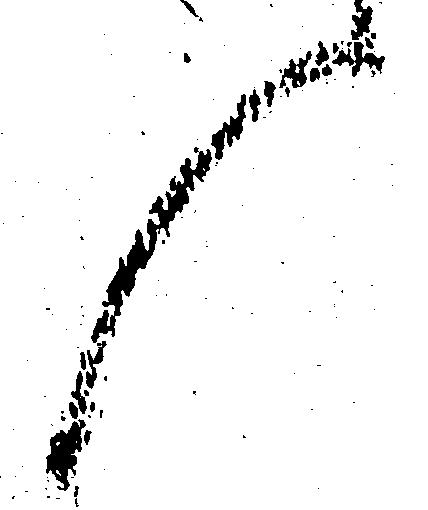
候